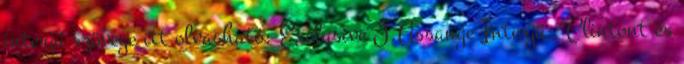
interjú szövege itt olvasható: Exclusive J.Assange Interjú: "Clintont és